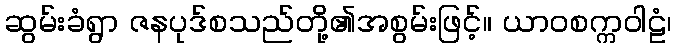
ဆွမ်းခံရွာ ဇနပုဒ်စသည်တို့၏အစွမ်းဖြင့်။ ယာဝစက္ကဝါဠံ၊